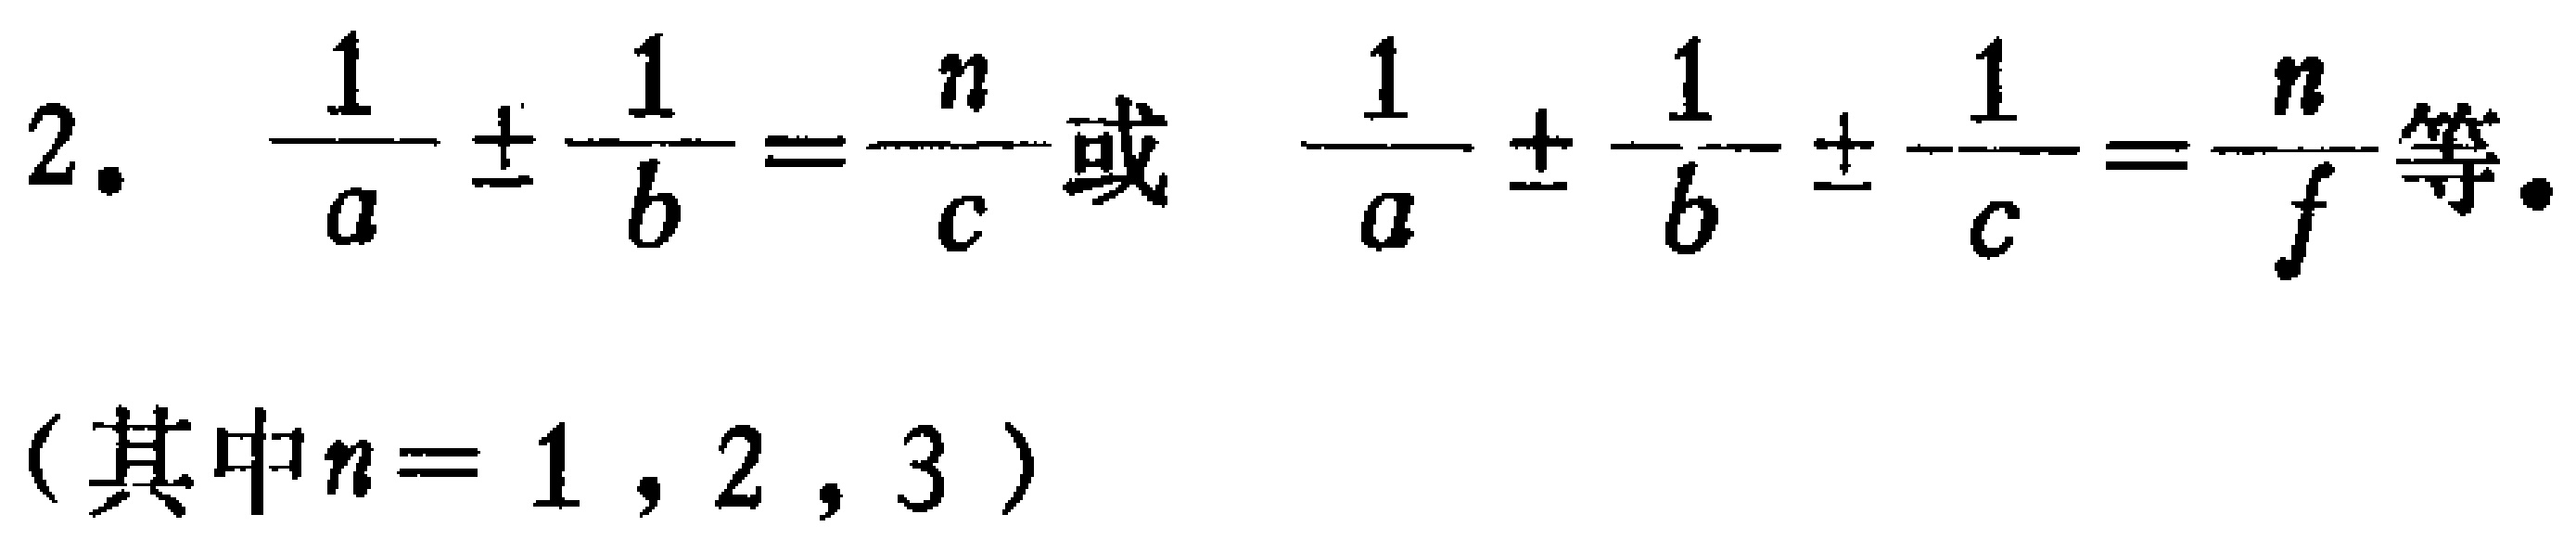
2. $\frac{1}{a} \pm \frac{1}{b}=\frac{n}{c}$或$\frac{1}{a} \pm \frac{1}{b} \pm \frac{1}{c}=\frac{n}{f}$等.

（其中$n = 1,2,3$）